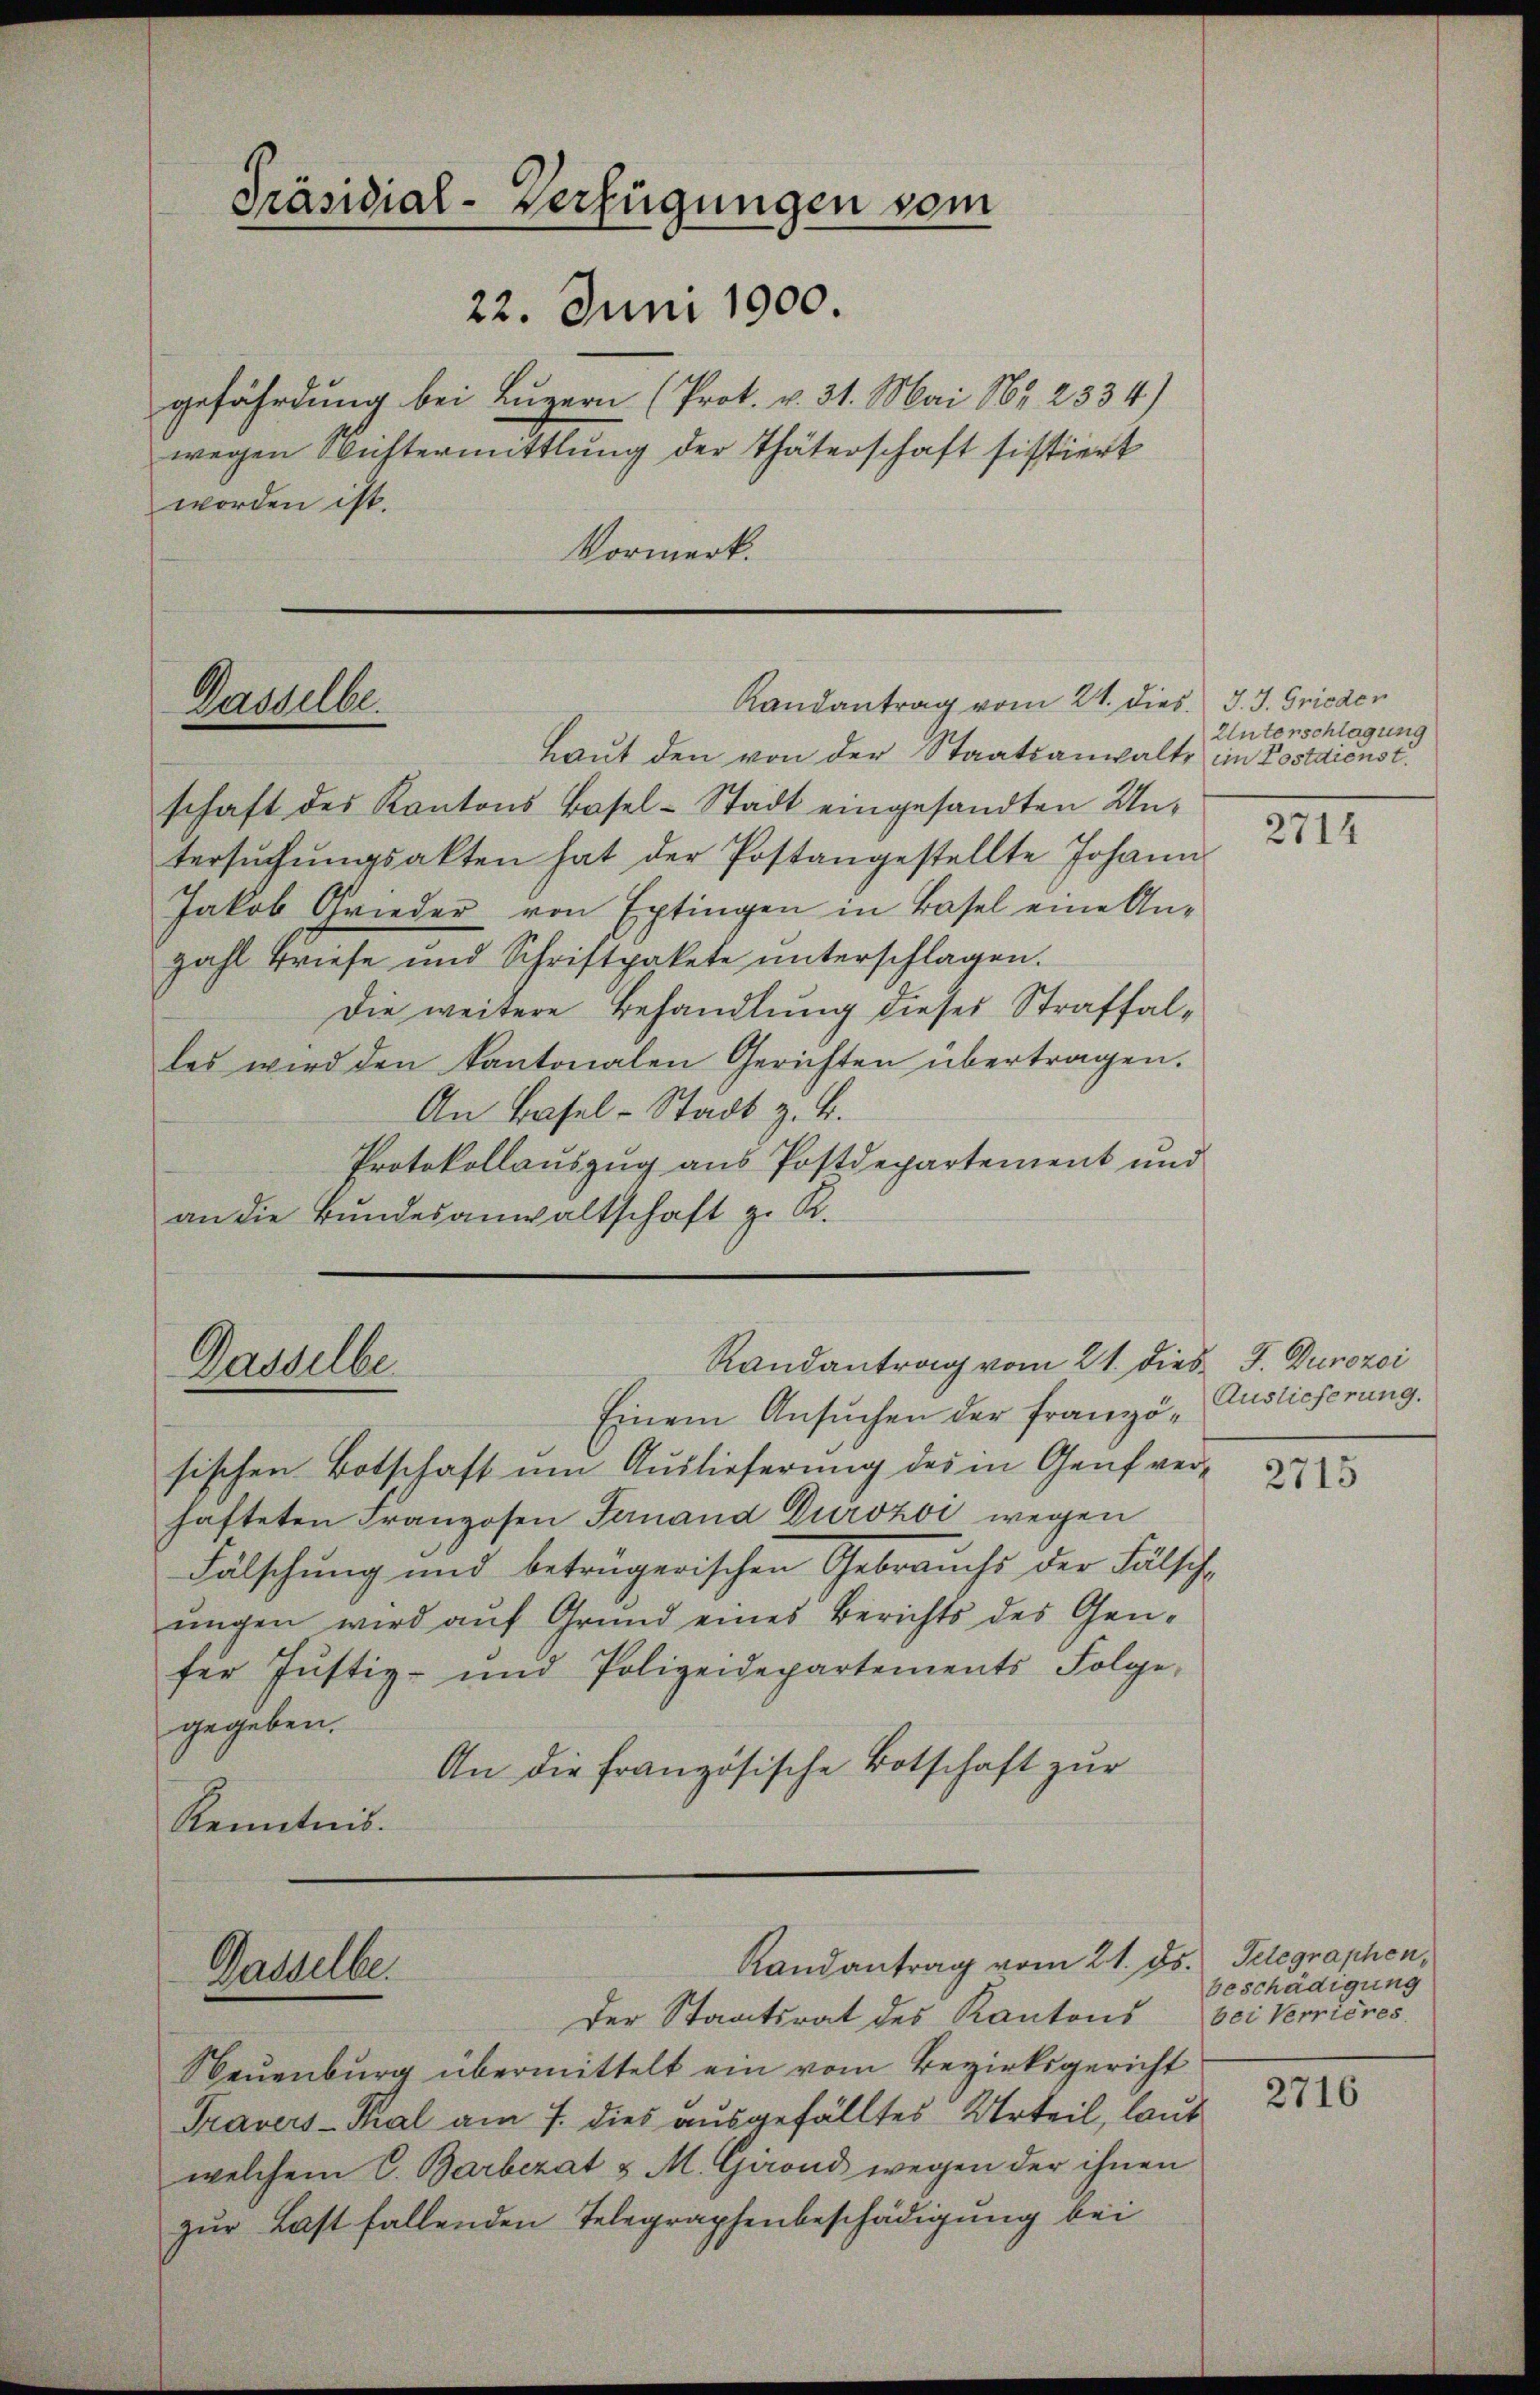
Präsidial-Verfügungen vom
22. Juni 1900.
gefährdung bei Luzern (Prot. v. 31. Mai N. 2334)
wegen Nichtermittlung der Thäterschaft sistiert
worden ist.
Vormerk.

Kasselbe

Randantrag vom 21. dies. J. J. Grieden

Laut den von der Staatsanwalte im Postdienst.
schaft des Kantons Basel-Stadt eingesandten Untersŭchŭngsakten hat der Postangestellte Johann
Jakob Grieder von Extingen in Basel eine Anzahl Briefe und Schriftpakete ŭnterschlagen.
Die weitere Behandlung dieses Straffalles wird den Kantonalen Gerichten übertragen.
An Basel-Stadt z. B.
Protokollauszug aus Postdepartement und
an die Bŭndesanwaltschaft z. K.

Randantrag vom 21. dies J. Durozoi
Dasselbe

Einem Ansuchen der Französischen Botschaft um Auslieferung des in Genf verhafteten Franzosen Fernand Durozoi wegen
Fälschung und betrügerischen Gebrauchs der Fälschungen wird auf Grund eines Berichts des Genfer Justiz- und Polizeidepartements Folge,
gegeben.
An die Französische Botschaft zur
Kenntnis.

Randantrag vom 21. ds. Telegraphen¬
Gasselbe.

Unterschlagung

Der Staatsrat des Kantons bei Verrieres
Neuenburg übermittelt ein vom Bezirksgericht
Travers-Thal am 7. dies ausgefälltes Urteil, laut
welchem C. Barbezat & M. Girond wegen der ihnen
zur Last fallenden Telegraphenbeschädigung bei

2714

Auslieferung.

2715

beschädigung

2716